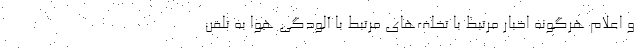
و اعلام هرگونه اخبار مرتبط با تخلف‌های مرتبط با آلودگی هوا به تلفن